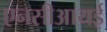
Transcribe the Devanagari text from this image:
एनसीआयई